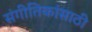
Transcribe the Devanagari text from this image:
संगीतिकांसाठी